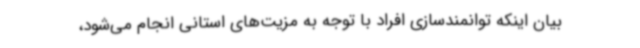
بیان اینکه توانمندسازی افراد با توجه به مزیت‌های استانی انجام می‌شود،